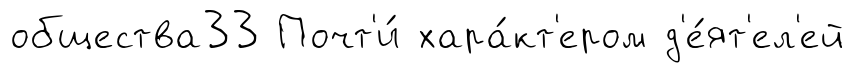
общества33 Почт'и́ хара́кт'ером д'е́ят'ел'ей